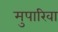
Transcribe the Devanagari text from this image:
मुपारिवा